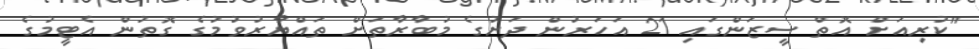
"ކުރިއަށް އޮތް ސީޒަންގައި 21 އަހަރުން ދަށުގެ މުބާރާތަށް ތައްޔާރުވުމުގެ ގޮތުން އެޓީމުގެ